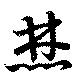
焚